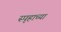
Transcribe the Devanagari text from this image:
स्पृहाच्या